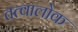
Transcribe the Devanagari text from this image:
तत्वालोक